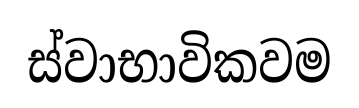
ස්වාභාවිකවම